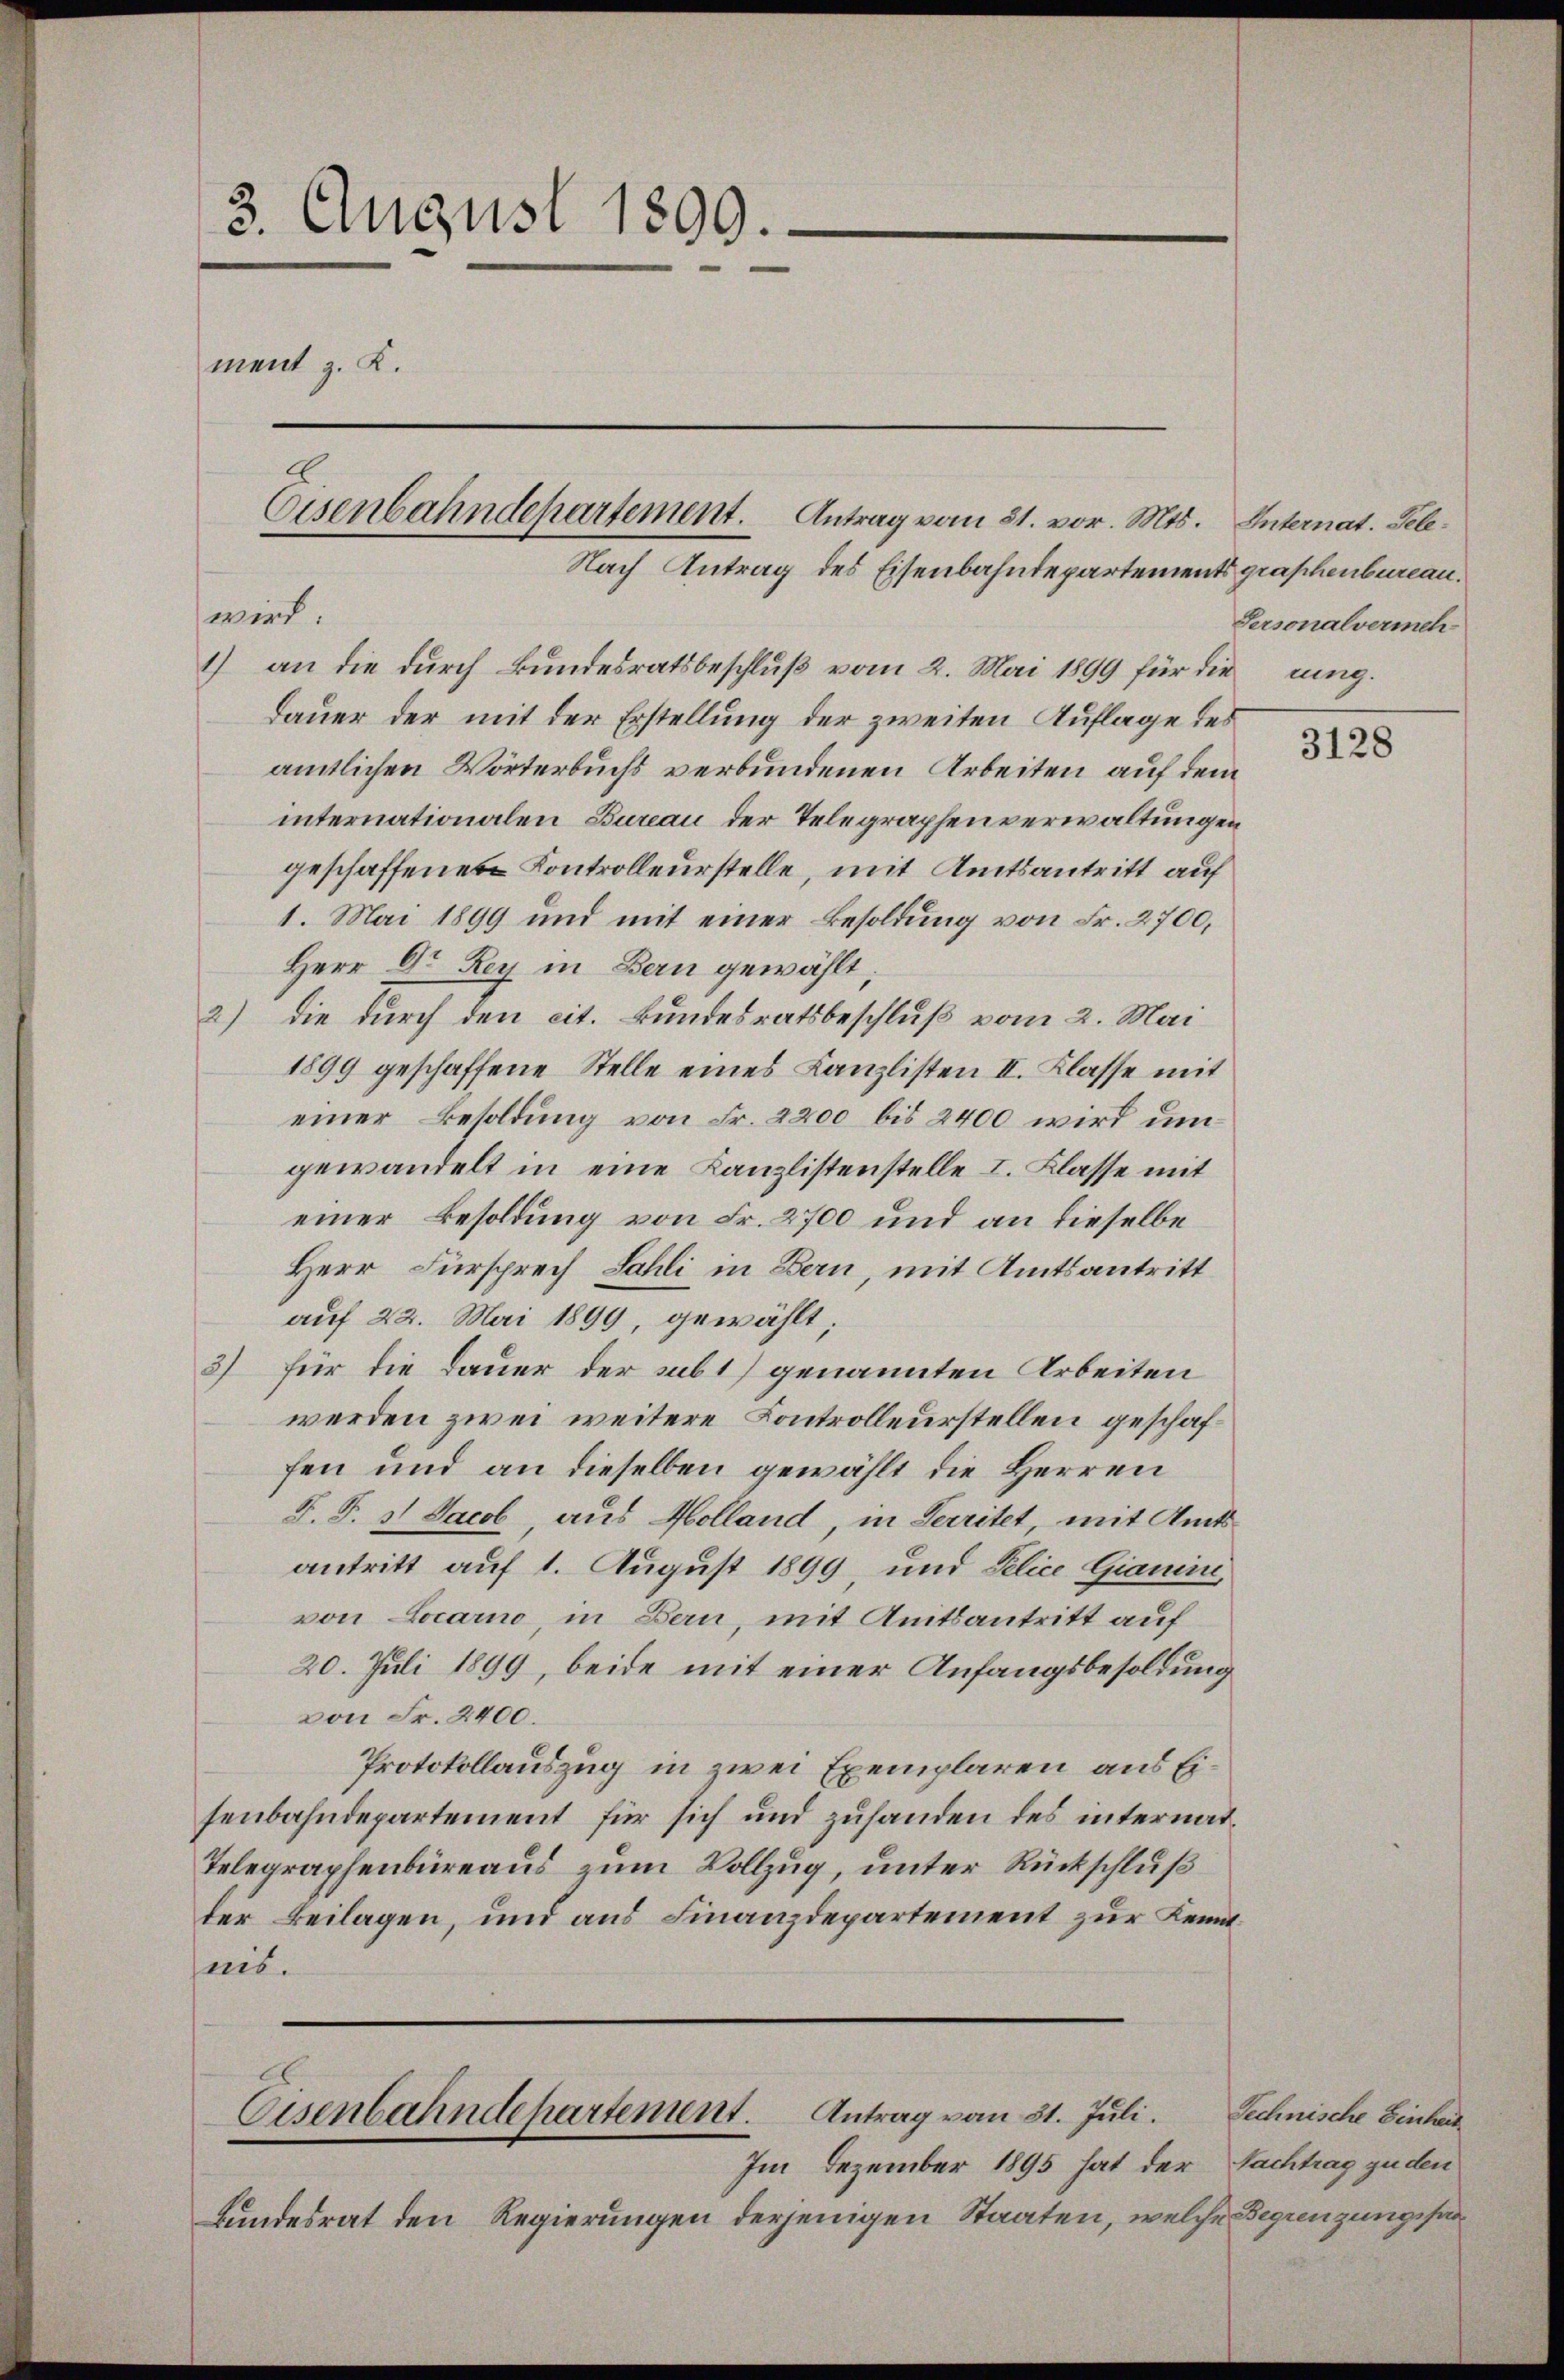
3. August 1899.
ment z. K.

wird.
1) an die durch Bundesratsbeschluß vom 2. Mai 1899 für die ung.
Dauer der mit der Erstellung der zweiten Auflage des
amtlichen Wörterbuchs verbundenen Arbeiten auf dem
internationalen Bureau der Telegraphenverwaltungen
geschaffene Kontrolleurstelle, mit Amtsantritt auf
1. Mai 1899 und mit einer Besoldung von Fr. 2700,
Herr Dr. Rey in Bern gewählt;
2) die durch den cit. Bundesratsbeschluß vom 2. Mai
1899 geschaffene Stelle eines Kanzlisten II. Klasse mit
einer Besoldung von Fr. 2200 bis 2400 wird um
gewandelt in eine Kanzlistenstelle I. Klasse mit
einer Besoldung von Fr. 2700 und an dieselbe
Herr Fürsprech Sahli in Bern, mit Amtsantritt
auf 22. Mai 1899, gewählt;
3) für die Dauer der subt) genannten Arbeiten
werden zwei weitere Controlleurstellen geschaffen und an dieselben gewählt die Herren
F. S. 11. Jacob, aus Holland, in Territet, mit Amts
antritt auf 1. August 1899 und Police Giani,
von Locarno, in Bern, mit Amtsantritt auf
20. Juli 1899, beide mit einer Anfangsbesoldung
von Fr. 2400.
Protokollauszug in zwei Exemplaren aus Eisenbahndepartement für sich und zuhanden des internat¬
Telegraphenbüreaus zum Vollzug, unter Rückschluß
ter Beilagen, und aus Finanzdepartement zur Kenntnis.

Nach Antrag des Eisenbahndepartements graphenbureau¬

Eisenbahndepartement. Antrag vom 31. vor. Mts. Internat. Tele¬

Antrag vom 31. Juli.
Eisenbahndepartement.
Im Dezember 1895 hat der

Bundesrat den Regierungen derjenigen Staaten, welche Begrenzungssaa

Personalvermeh

3128

Technische Einheit.
Nachtrag zu den